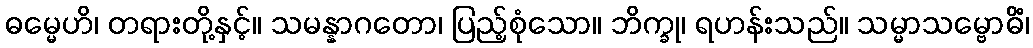
ဓမ္မေဟိ၊ တရားတို့နှင့်။ သမန္နာဂတော၊ ပြည့်စုံသော။ ဘိက္ခု၊ ရဟန်းသည်။ သမ္မာသမ္ဗောဓိံ၊